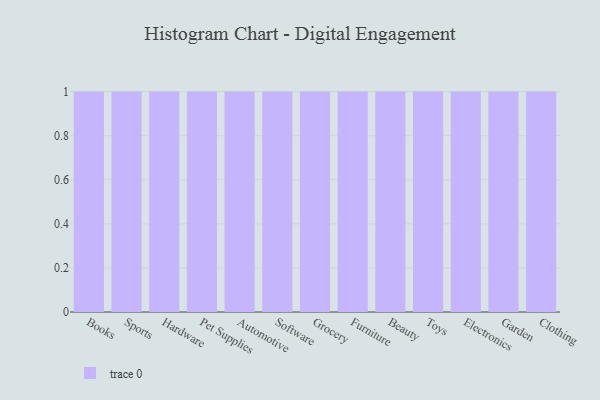
{"axis": {"x": "Category", "y": "Conversion Rate (%)"}, "legend": [""], "data": [{"x": "Books", "y": 31, "type": ""}, {"x": "Sports", "y": 31, "type": ""}, {"x": "Hardware", "y": 39, "type": ""}, {"x": "Pet Supplies", "y": 59, "type": ""}, {"x": "Automotive", "y": 12, "type": ""}, {"x": "Software", "y": 82, "type": ""}, {"x": "Grocery", "y": 57, "type": ""}, {"x": "Furniture", "y": 21, "type": ""}, {"x": "Beauty", "y": 85, "type": ""}, {"x": "Toys", "y": 91, "type": ""}, {"x": "Electronics", "y": 49, "type": ""}, {"x": "Garden", "y": 80, "type": ""}, {"x": "Clothing", "y": 84, "type": ""}]}